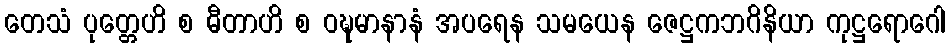
တေသံ ပုတ္တေဟိ စ ဓီတာဟိ စ ဝဍ္ဎမာနာနံ အပရေန သမယေန ဇေဋ္ဌကဘဂိနိယာ ကုဋ္ဌရောဂေါ